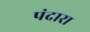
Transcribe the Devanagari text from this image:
पंदारा